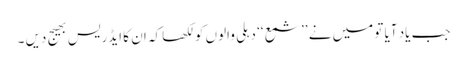
جب یاد آیا تو میں نے ’’شمع ‘‘ دہلی والوں کو لکھا کہ ان کا ایڈریس بھیج دیں ۔